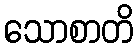
သောစာတိ